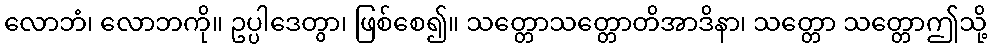
လောဘံ၊ လောဘကို။ ဥပ္ပါဒေတွာ၊ ဖြစ်စေ၍။ သတ္တောသတ္တောတိအာဒိနာ၊ သတ္တော သတ္တောဤသို့